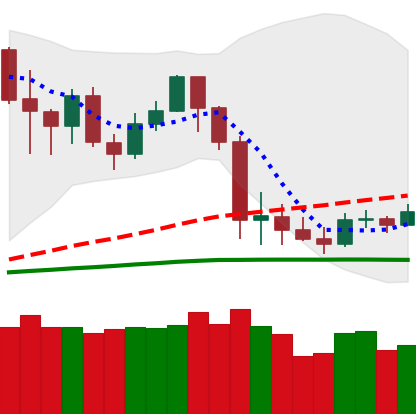
Ticker: LTC-USD
Chart end date: 2020-03-05
Forward return: -19.001%
Label: down_7plus